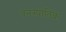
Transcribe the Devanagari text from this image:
वनस्पातिक